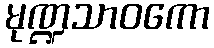
မုဏ္ဍသာဝကော